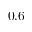
0 . 6